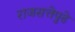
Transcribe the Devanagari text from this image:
राजसत्तेपुढे